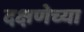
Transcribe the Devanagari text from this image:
दक्षणेच्या